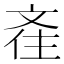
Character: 𣁑